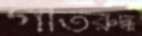
গতিরুদ্ধ